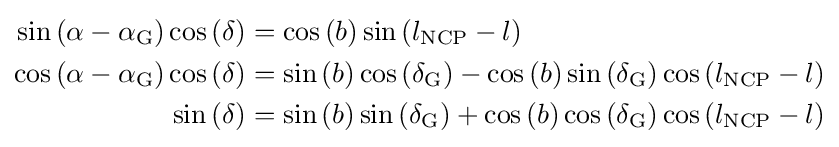
{\begin{aligned}\sin \left(\alpha -\alpha _{\text{G}}\right)\cos \left(\delta \right)&=\cos \left(b\right)\sin \left(l_{\text{NCP}}-l\right)\\\cos \left(\alpha -\alpha _{\text{G}}\right)\cos \left(\delta \right)&=\sin \left(b\right)\cos \left(\delta _{\text{G}}\right)-\cos \left(b\right)\sin \left(\delta _{\text{G}}\right)\cos \left(l_{\text{NCP}}-l\right)\\\sin \left(\delta \right)&=\sin \left(b\right)\sin \left(\delta _{\text{G}}\right)+\cos \left(b\right)\cos \left(\delta _{\text{G}}\right)\cos \left(l_{\text{NCP}}-l\right)\end{aligned}}